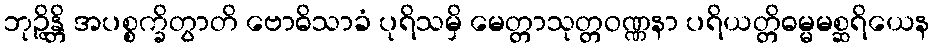
ဘုဉ္ဇိန္တိ အပစ္စက္ခိတွာတိ ဗောဓိသာခံ ပုရိသမှိ မေတ္တာသုတ္တဝဏ္ဏနာ ပရိယတ္တိဓမ္မမစ္ဆရိယေန